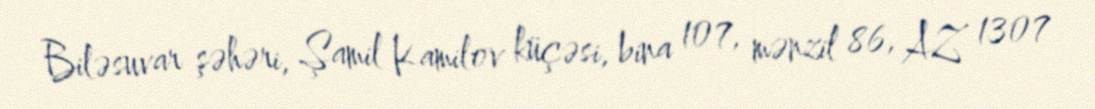
Biləsuvar şəhəri, Şamil Kamilov küçəsi, bina 107, mənzil 86, AZ 1307